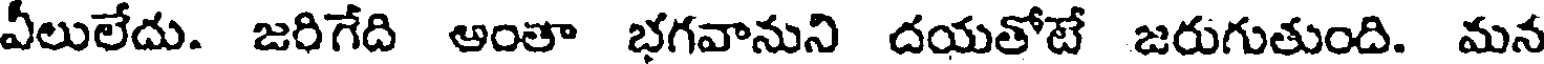
వీలులేదు. జరిగేది అంతా భగవానుని దయతోటే జరుగుతుంది. మన